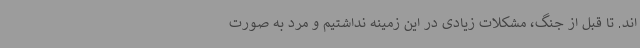
اند. تا قبل از جنگ، مشکلات زیادی در این زمینه نداشتیم و مرد به صورت